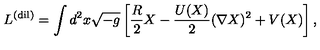
L ^ { \mathrm { ( d i l ) } } = \int d ^ { 2 } x \sqrt { - g } \left[ \frac { R } { 2 } X - \frac { U ( X ) } { 2 } ( \nabla X ) ^ { 2 } + V ( X ) \right] ,